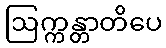
ဩက္ကန္တာတိပေ